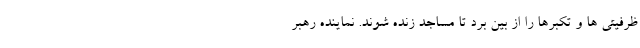
ظرفیتی ها و تکبرها را از بین برد تا مساجد زنده شوند. نماینده رهبر